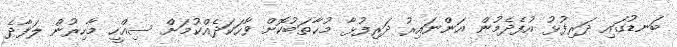
ބަނޑުގައި ދަރިފުޅު އުފެދެމުން އަންނައިރު ދަރިފުޅާ މުޚާތަބުކޮށް ވާހަކަދެއްކުމަށް ސިއްހީ މާހިރުން ލަފާދެ